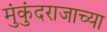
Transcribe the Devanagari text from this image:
मुंकुंदराजाच्या